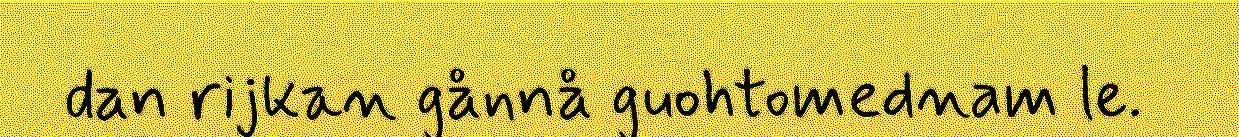
dan rijkan gånnå guohtomednam le.